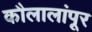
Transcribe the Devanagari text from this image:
कौलालांपूर